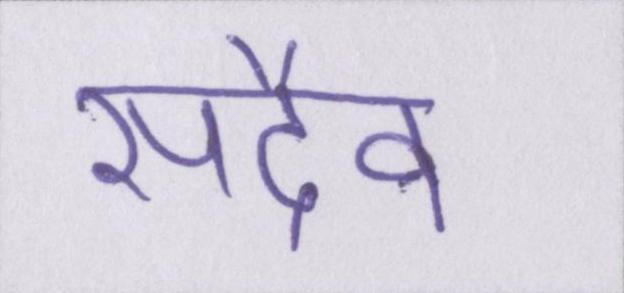
सदैव